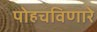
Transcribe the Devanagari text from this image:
पोहचविणारे